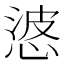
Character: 𭝙